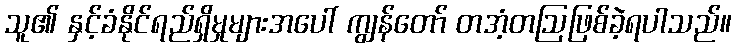
သူ၏ နှင့်ခံနိုင်ရည်ရှိမှုများအပေါ် ကျွန်တော် တအံ့တဩဖြစ်ခဲ့ရပါသည်။